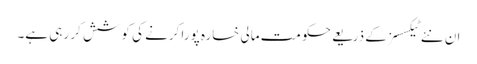
ان نئے ٹیکسسز کے ذریعے حکومت مالی خسارہ پورا کرنے کی کوشش کر رہی ہے۔